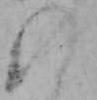
の